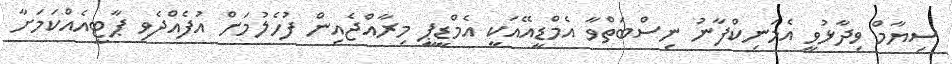
ސިޔާމް ވިދާޅުވީ އެމަނިކްފާނު ނިސްބަތްވާ އެމްޑީއޭއަކީ އެމްޑީޕީ މިރާއްޖެއިން ފުހެލުމަށް އުފެއްދެވި ޕާޓީއެއްކަމަށާ